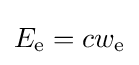
E_{\mathrm {e} }=cw_{\mathrm {e} }